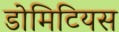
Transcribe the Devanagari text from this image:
डोमिटियस